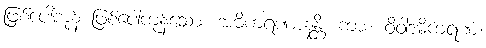
ဖြစ်ပေါ်ကုန် ဖြစ်ပေါ်ကုန်သော။ အဓိကရဏာနန္တိ၊ ကား။ ဝိဝါဒဓိကရဏံ၊